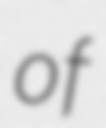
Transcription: of